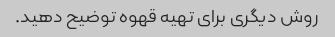
روش دیگری برای تهیه قهوه توضیح دهید.